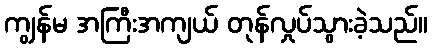
ကျွန်မ အကြီးအကျယ် တုန်လှုပ်သွားခဲ့သည်။